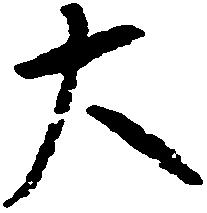
大